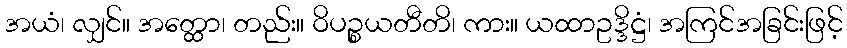
အယံ၊ လျှင်။ အတ္ထော၊ တည်း။ ဝိပဉ္စယတီတိ၊ ကား။ ယထာဥဒ္ဒိဋ္ဌံ၊ အကြင်အခြင်းဖြင့်